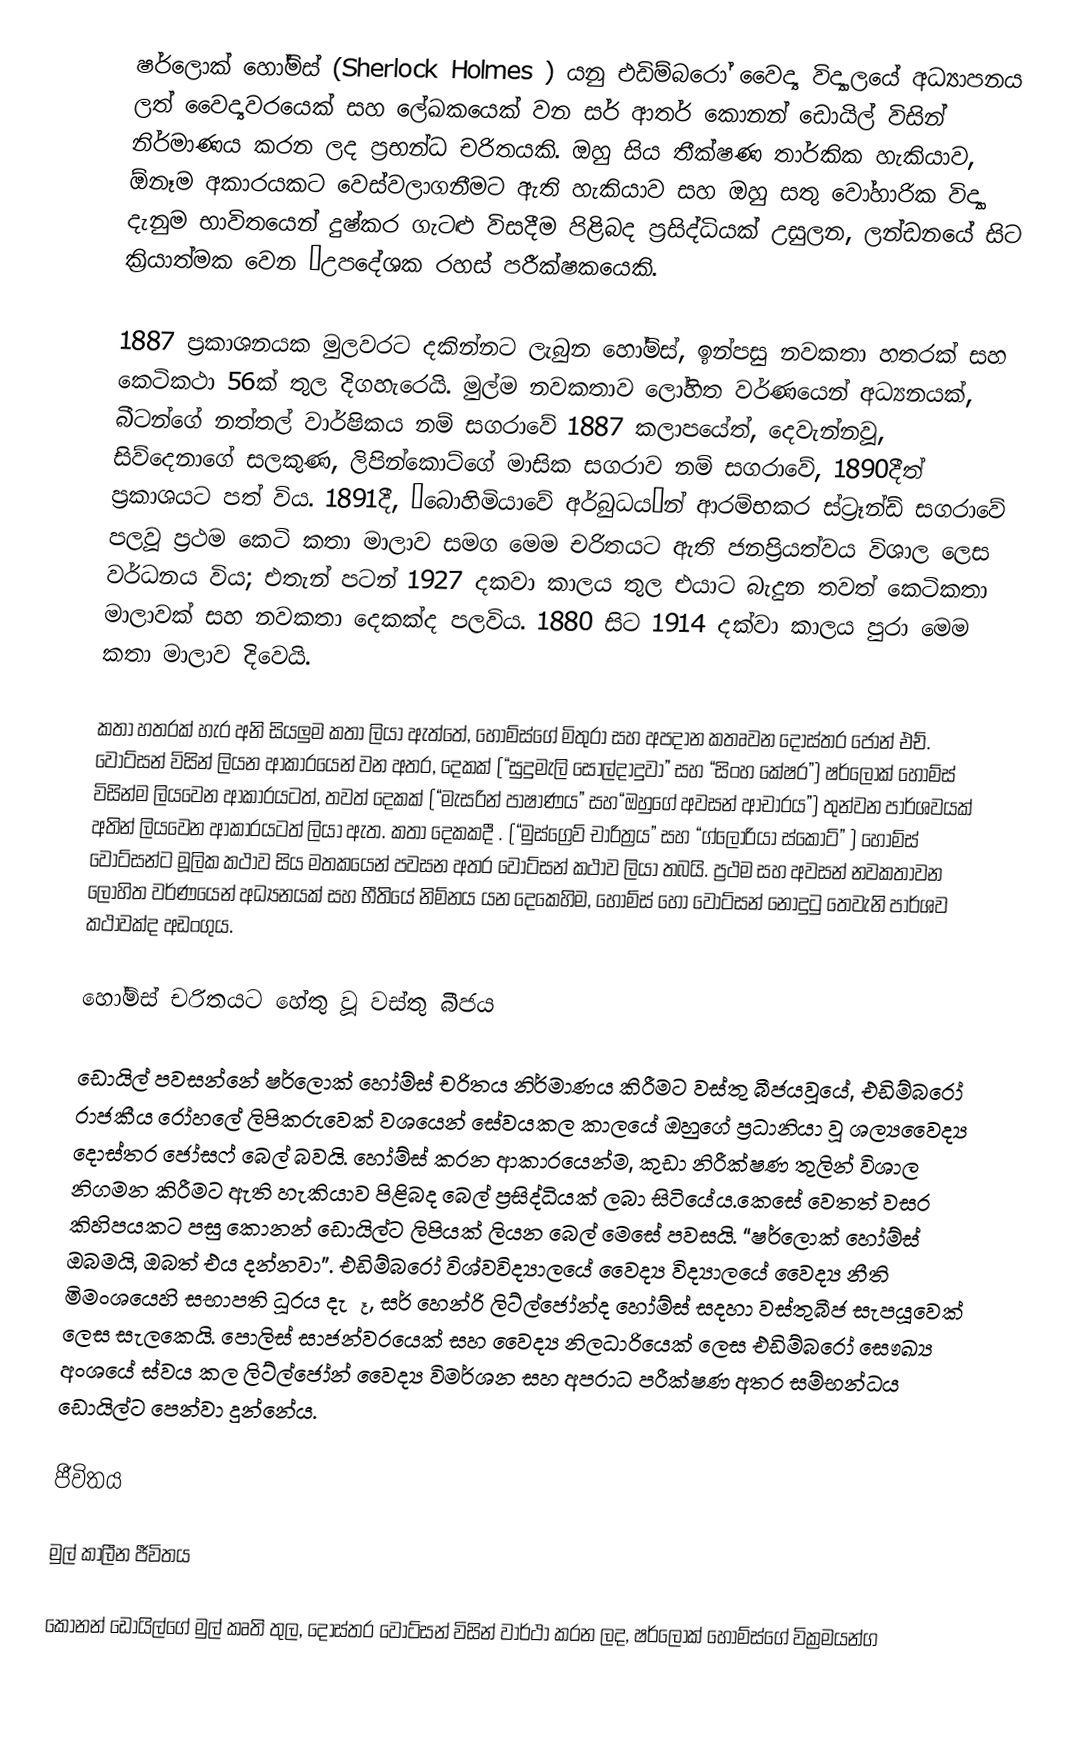
ෂර්ලොක් හෝම්ස් (Sherlock Holmes ) යනු එඩිම්බරෝ වෛද්‍ය විද්‍යාලයේ අධ්‍යාපනය ලත් වෛද්‍යවරයෙක් සහ ලේඛකයෙක් වන සර් ආතර් කොනන් ඩොයිල් විසින් නිර්මාණය කරන ලද ප්‍රභන්ධ චරිතයකි. ඔහු සිය තීක්ෂණ තාර්කික හැකියාව, ඕනෑම අකාරයකට වෙස්වලාගනීමට ඇති හැකියාව සහ ඔහු සතු වෝහාරික විද්‍යා දැනුම  භාවිතයෙන් දුෂ්කර ගැටළු විසදීම පිළිබද ප්‍රසිද්ධියක් උසුලන, ලන්ඩනයේ සිට ක්‍රියාත්මක වෙන “උපදේශක රහස් පරීක්ෂකයෙකි.

1887 ප්‍රකාශනයක මුලවරට දකින්නට ලැබුන හෝම්ස්, ඉන්පසු නවකතා හතරක් සහ කෙටිකථා 56ක් තුල දිගහැරෙයි. මුල්ම නවකතාව ලෝහිත වර්ණයෙන් අධ්‍යනයක්, බීටන්ගේ  නත්තල් වාර්ෂිකය  නම් සගරාවේ 1887 කලාපයේත්,  දෙවැන්නවූ, සිව්දෙනාගේ සලකුණ, ලිපින්කොට්ගේ මාසික සගරාව නම් සගරාවේ, 1890දීත් ප්‍රකාශයට පත් විය. 1891දී, “බොහිමියාවේ අර්බුධය”න් ආරම්භකර ස්ට්‍රෑන්ඩ් සගරාවේ පලවූ ප්‍රථම කෙටි කතා මාලාව සමග මෙම චරිතයට ඇති ජනප්‍රියත්වය විශාල ලෙස  වර්ධනය විය; එතැන් පටන් 1927 දකවා කාලය තුල එයාට බැදුන තවත් කෙටිකතා මාලාවක් සහ නවකතා දෙකක්ද පලවිය. 1880 සිට 1914 දක්වා කාලය පුරා මෙම කතා මාලාව දිවෙයි.

කතා හතරක් හැර අනි සියලුම කතා ලියා ඇත්තේ, හෝම්ස්ගේ මිතුරා සහ අපදාන කතෘවන දොස්තර ජෝන් එච්. වොට්සන් විසින් ලියන ආකාරයෙන්  වන අතර,   දෙකක් (“සුදුමැලි සොල්දාදුවා” සහ “සිංහ කේෂර”) ෂර්ලොක් හෝම්ස් විසින්ම ලියවෙන ආකාරයටත්, තවත් දෙකක් (“මැසරින් පාෂාණය” සහ“ඔහුගේ අවසන් ආචාරය”) තුන්වන පාර්ශවයක් අතින් ලියවෙන ආකාරයටත් ලියා ඇත. කතා දෙකකදී . (“මුස්ග්‍රෙව් චාරිත්‍රය” සහ “ග්ලෝරියා ස්කොට්” ) හෝම්ස් වොට්සන්ට මූලික  කථාව සිය මතකයෙන් පවසන අතර  වොට්සන් කථාව ලියා තබයි. ප්‍රථම සහ අවසන් නවකතාවන ලෝහිත වර්ණයෙන් අධ්‍යනයක් සහ භීතියේ නිම්නය යන දෙකෙහිම, හෝම්ස් හො වොට්සන් නොදුටු තෙවැනි පාර්ශව කථාවක්ද අඩංගුය.

හෝම්ස් චරිතයට හේතු වූ වස්තු බීජය

ඩොයිල් පවසන්නේ ෂර්ලොක් හෝම්ස් චරිතය නිර්මාණය කිරීමට වස්තු බීජයවූයේ,  එඩිම්බරෝ රාජකීය රෝහලේ ලිපිකරුවෙක් වශයෙන් සේවයකල කාලයේ ඔහුගේ ප්‍රධානියා වූ ශල්‍යවෛද්‍ය දොස්තර ජෝසෆ් බෙල් බවයි. හෝම්ස් කරන ආකාරයෙන්ම, කුඩා නිරීක්ෂණ තුලින් විශාල නිගමන කිරීමට ඇති හැකියාව පිළිබද බෙල් ප්‍රසිද්ධියක් ලබා සිටියේය.කෙසේ වෙතත් වසර කිහිපයකට පසු කොනන් ඩොයිල්ට ලිපියක් ලියන බෙල් මෙසේ පවසයි. “ෂර්ලොක් හෝම්ස් ඔබමයි, ඔබත් එය දන්නවා”. එඩිම්බරෝ විශ්වවිද්‍යාලයේ වෛද්‍ය විද්‍යාලයේ වෛද්‍ය නීති මිමංශයෙහි සභාපති ධූරය දැරූ, සර් හෙන්රි ලිට්ල්ජෝන්ද හෝම්ස් සදහා වස්තුබීජ සැපයූවෙක් ලෙස සැලකෙයි. පොලිස් සාජන්වරයෙක් සහ වෛද්‍ය නිලධාරියෙක් ලෙස එඩිම්බරෝ සෞඛ්‍ය අංශයේ ස්‌වය කල ලිට්ල්ජෝන් වෛද්‍ය  විමර්ශන සහ අපරාධ පරීක්ෂණ අතර සම්භන්ධය ඩොයිල්ට පෙන්වා දුන්නේය.

ජීවිතය

මුල් කාලීන ජීවිතය

කොනන් ඩොයිල්ගේ මුල් කෘති තුල,  දොස්තර වොට්සන් විසින් වාර්ථා කරන ලද, ෂර්ලොක් හෝම්ස්ගේ වික්‍රමයන්ග